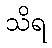
သိရ